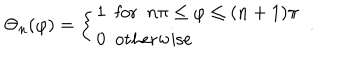
LaTeX: \Theta _ { n } ( \varphi ) = \left\{ \begin{array} { l } { { 1 \ \ \mathrm { f o r } \ \ n \pi \leq \varphi \leq ( n + 1 ) \pi } } \\ { { 0 \ \ \mathrm { o t h e r w i s e } } } \\ \end{array} \right. \ .